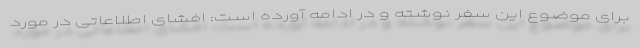
برای موضوع این سفر نوشته و در ادامه آورده است: افشای اطلاعاتی در مورد